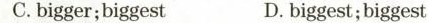
C.bigger;biggest D.biggest;biggest